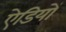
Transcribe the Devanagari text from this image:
ऐडियों